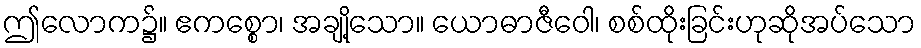
ဤလောက၌။ ဧကစ္စော၊ အချို့သော။ ယောဓာဇီဝေါ၊ စစ်ထိုးခြင်းဟုဆိုအပ်သော